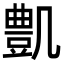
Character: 𠙫